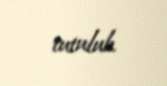
tutulub.